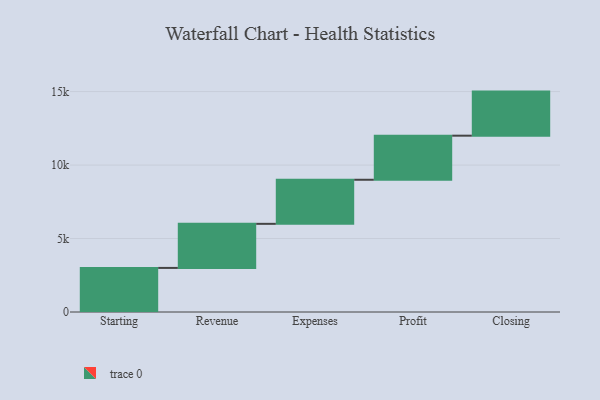
{"axis": {"x": "Step", "y": "Value"}, "legend": [""], "data": [{"x": "Starting", "y": 3000, "type": ""}, {"x": "Revenue", "y": 3000, "type": ""}, {"x": "Expenses", "y": 3000, "type": ""}, {"x": "Profit", "y": 3000, "type": ""}, {"x": "Closing", "y": 3000, "type": ""}]}